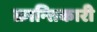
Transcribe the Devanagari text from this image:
क्रान्‍तिकारी